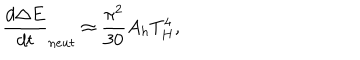
\frac { d \Delta E } { d t } _ { n e u t } \approx \frac { \pi ^ { 2 } } { 3 0 } A _ { h } T _ { H } ^ { 4 } ,